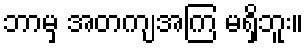
ဘာမှ အတကျအကြ မရှိဘူး။